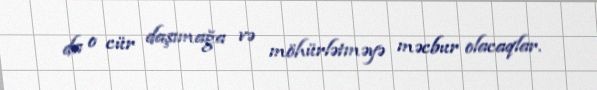
da o cür daşımağa və möhürlətməyə məcbur olacaqlar.